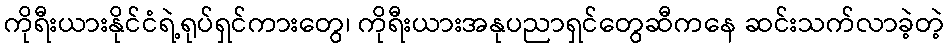
ကိုရီးယားနိုင်ငံရဲ့ရုပ်ရှင်ကားတွေ၊ ကိုရီးယားအနုပညာရှင်တွေဆီကနေ ဆင်းသက်လာခဲ့တဲ့